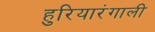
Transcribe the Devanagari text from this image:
हुरियारंगाली